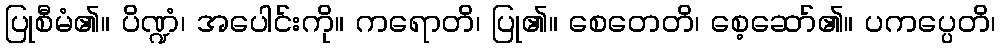
ပြုစီမံ၏။ ပိဏ္ဍံ၊ အပေါင်းကို။ ကရောတိ၊ ပြု၏။ စေတေတိ၊ စေ့ဆော်၏။ ပကပ္ပေတိ၊